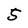
Character: 5